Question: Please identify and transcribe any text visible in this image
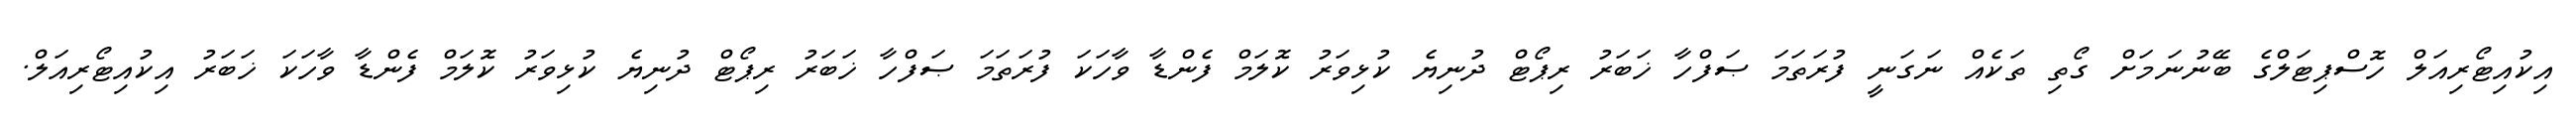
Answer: އިކުއިޓޯރިއަލް ހޮސްޕިޓަލްގެ ބޭނުނަމަށް ގޯތި ތަކެއް ނަގަނީ ފުރަތަމަ ޞަފްހާ ޚަބަރު ރިޕޯޓް ދުނިޔެ ކުޅިވަރު ކޮލަމް ފެންޑާ ވާހަކަ ފުރަތަމަ ޞަފްހާ ޚަބަރު ރިޕޯޓް ދުނިޔެ ކުޅިވަރު ކޮލަމް ފެންޑާ ވާހަކަ ޚަބަރު އިކުއިޓޯރިއަލް.